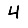
Digit: 4